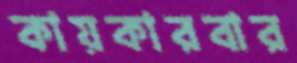
কায়কারবার